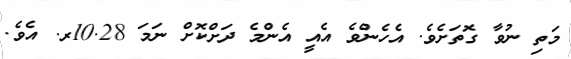
މަތި ނުވާ ގޮތަށެވެ. އެހެންވެ އެއީ އެންމެ ދަށްކޮށް ނަމަ 10.28ރ. އެވެ.